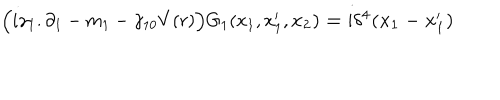
\Big ( i \gamma _ { 1 } . \partial _ { 1 } - m _ { 1 } - \gamma _ { 1 0 } V ( r ) \Big ) G _ { 1 } ( x _ { 1 } , x _ { 1 } ^ { \prime } , \bf { x } _ { 2 } ) = i \delta ^ { 4 } ( x _ { 1 } - x _ { 1 } ^ { \prime } )